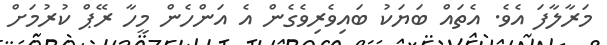
މަރާލާފަ އެވެ. އެތައް ބަޔަކު ބައިވެރިވެގެން އެ އަންހެން މީހާ ރޭޕް ކުރުމަށް